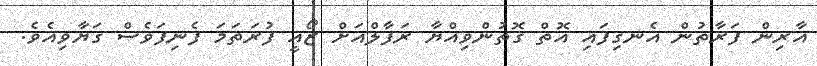
އާރިން ފަރާތުން އެނގިފައި އޮތް ގޮތުންވިއްޔާ ރަފާލްއަށް ޒޯއީ ފުރަތަމަ ފެނިފަވެސް ގަޔާވިއެވެ.